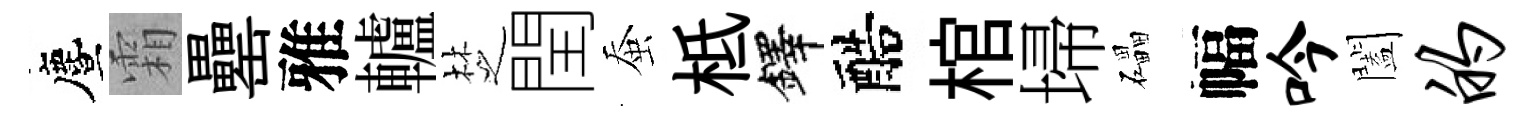
󵨌霜罍雅轤椘閏蚕柢鐸醅棺埽礧幅吟闔的